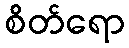
စိတ်ရော